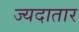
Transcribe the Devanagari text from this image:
ज्यदातार